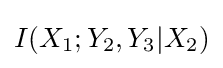
I(X_{1};Y_{2},Y_{3}|X_{2})